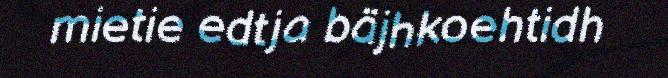
mietie edtja bäjhkoehtidh